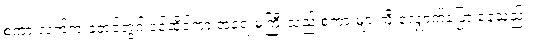
စကားလက်က ခုတင်တွင် ဝင်ထိုင်ကာ အရေးမကြီးသည့် စကားများကို လျှောက်ပြော နေသည်။